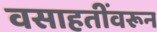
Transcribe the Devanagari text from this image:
वसाहतींवरून